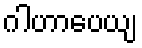
ဂါဟာပေယျ